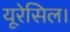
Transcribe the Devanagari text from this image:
यूरेसिल।